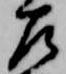
左